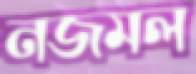
নজমল